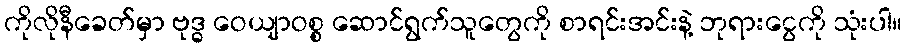
ကိုလိုနီခေတ်မှာ ဗုဒ္ဓ ဝေယျာဝစ္စ ဆောင်ရွက်သူတွေကို စာရင်းအင်းနဲ့ ဘုရားငွေကို သုံးပါ။